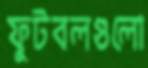
ফুটবলগুলো